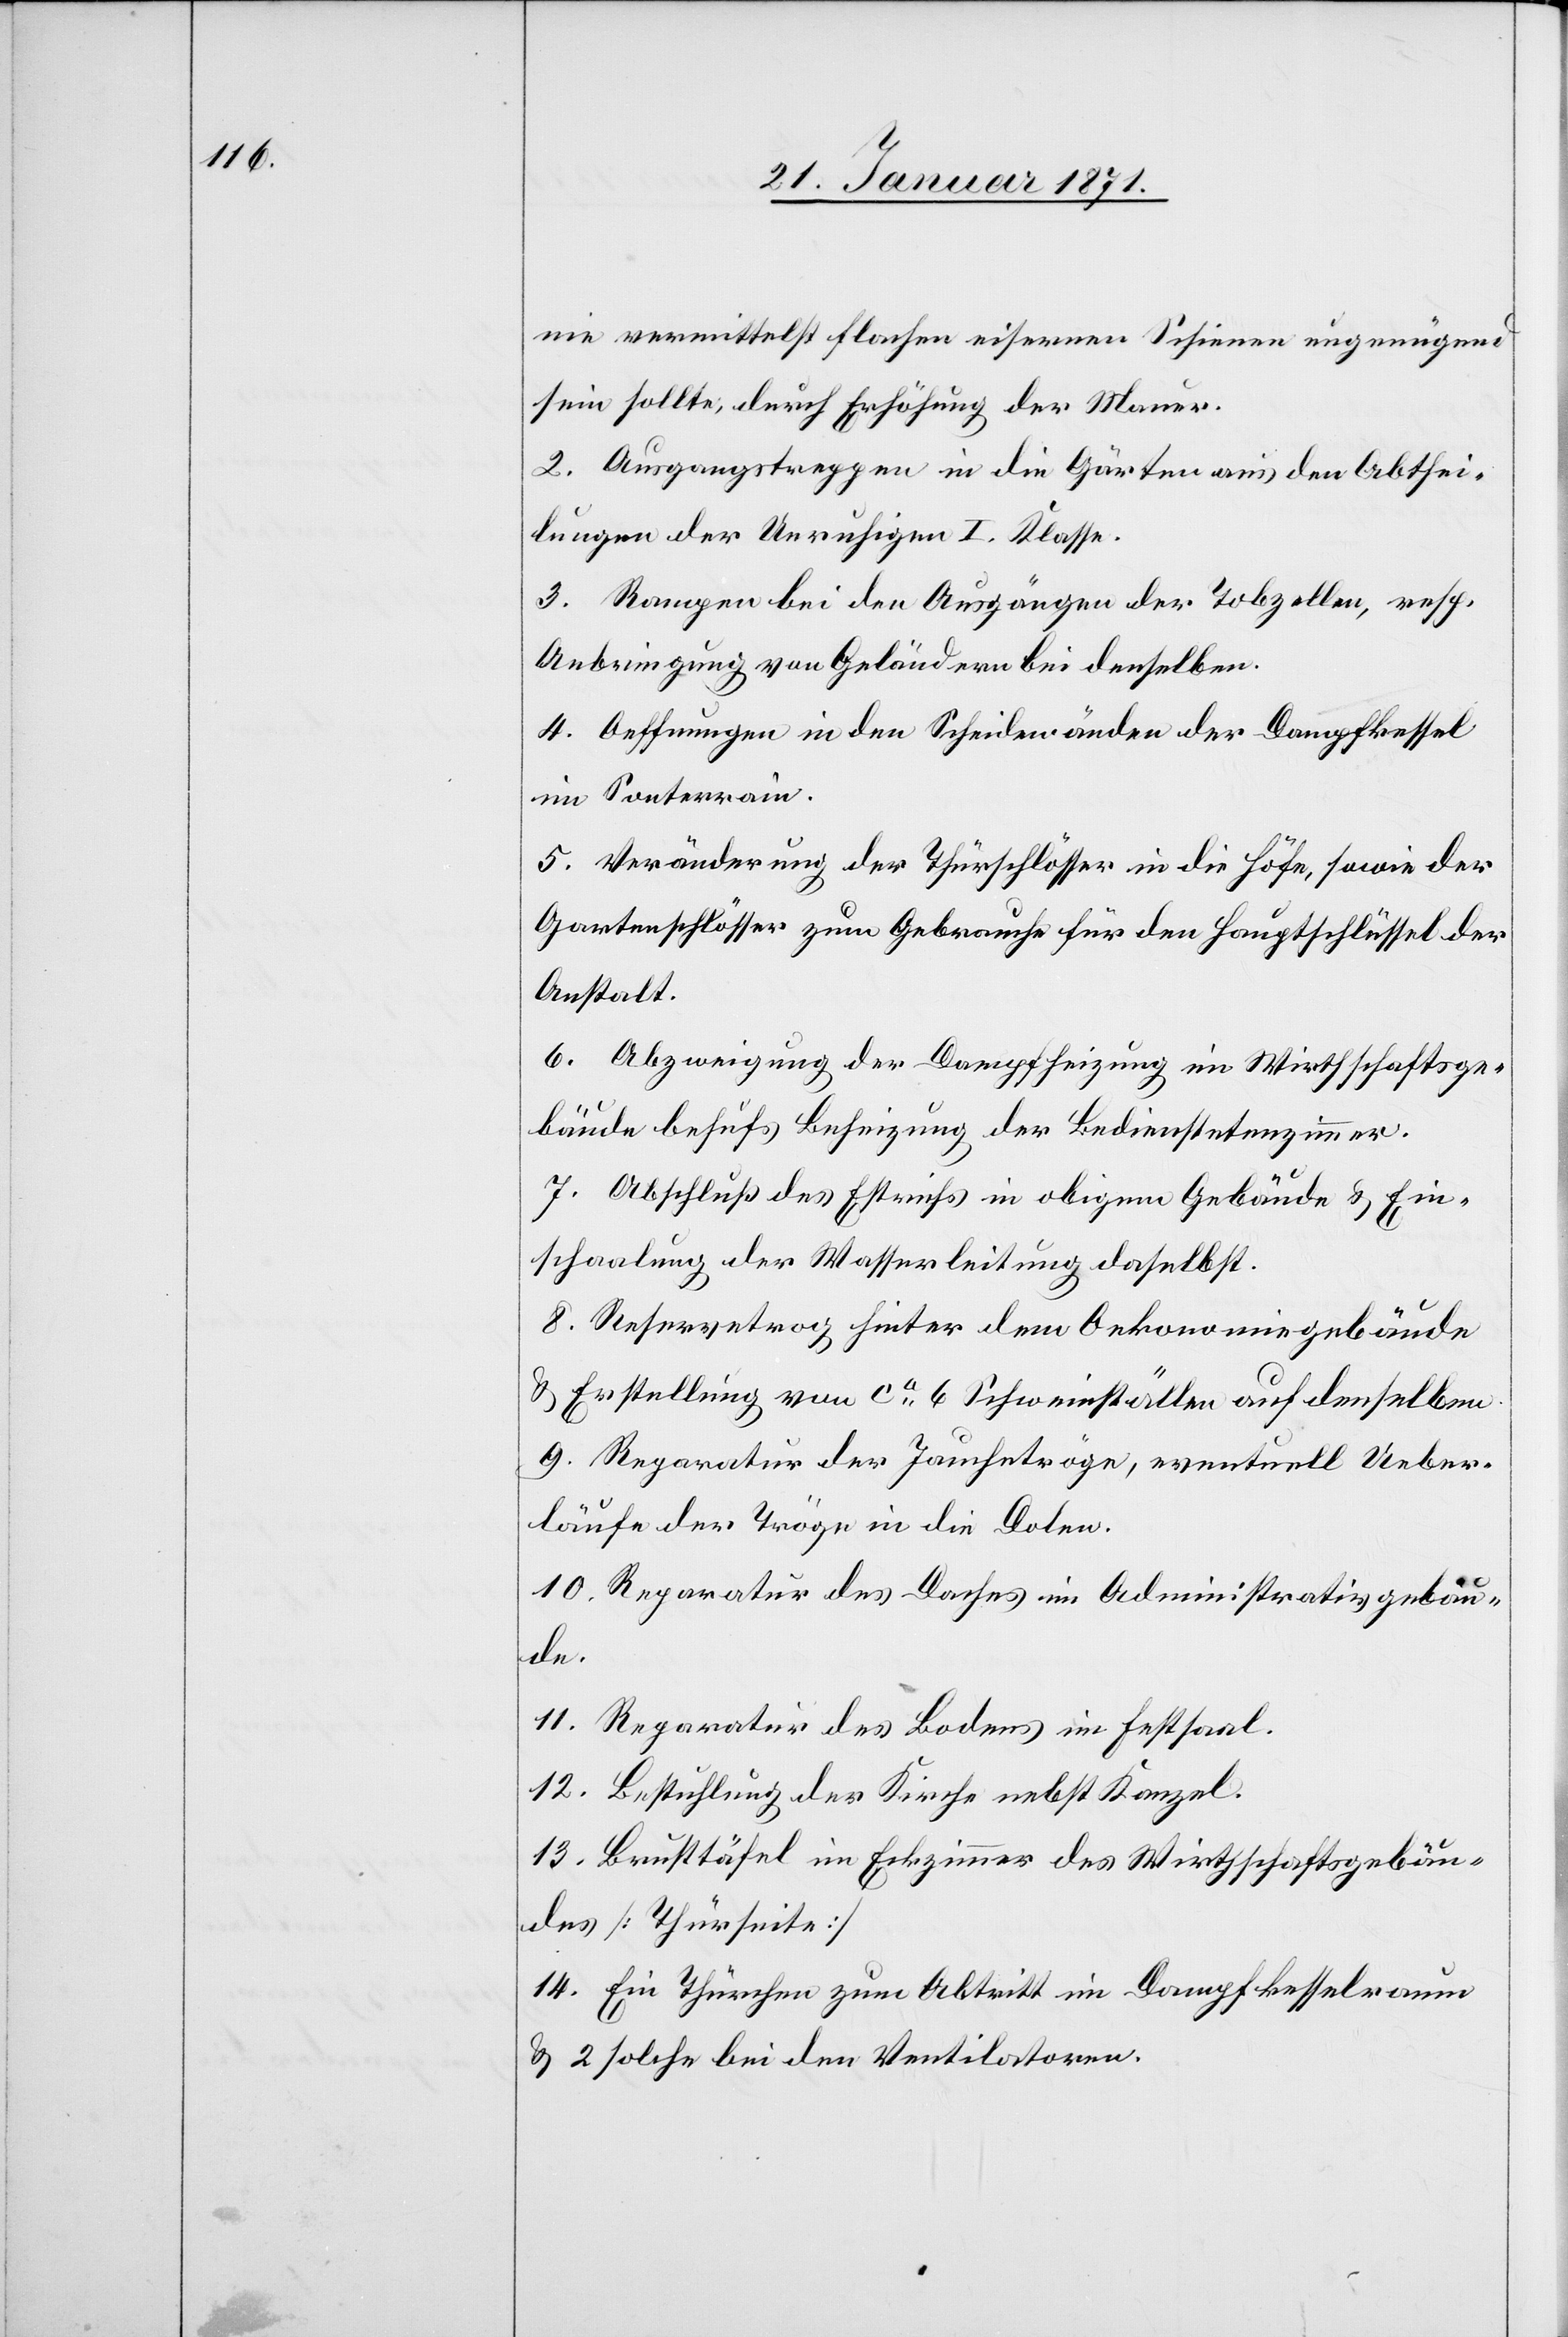
nie vermittelst flachen eisernen Schienen ungenügend
sein sollte, durch Erhöhung der Mauer.
2. Ausgangstreppen in die Gärten aus den Abthei¬
lungen der Unruhigen I. Klasse.
3. Rampen bei den Ausgängen der Tobzellen, resp.
Anbringung von Geländern bei denselben.
4. Oeffnungen in den Scheidewänden der Dampfkessel
im Sonterrain.
5. Veränderung der Thürschlösser in die Höfe, sowie der
Gartenschlösser zum Gebrauche für den Hauptschlüssel der
Anstalt.
6. Abzweigung der Dampfheizung im Wirthschaftsge¬
bäude behufs Beheizung der Bedienstetenzimmer.
7. Abschluß des Estrichs in obigem Gebäude u. Ein¬
schaalung der Wasserleitung daselbst.
8. Reservetrog hinter dem Oekonomiegebäude
u. Erstellung von ca. 6 Schweinställen auf denselben.
9. Reparatur der Jauchetröge, eventuell Ueber¬
läufe der Tröge in die Dolen.
10. Reparatur des Daches im Administrativgebäu¬
de.
11. Reparatur des Bodens im Festsaal.
12. Bestuhlung der Kirche nebst Kanzel.
13. Brusttäfel [sic!] im Erkzimmer des Wirtschaftsgebäu¬
des [Thürseite].
14. Ein Thürchen zum Abtritt im Dampfkesselraum
u. 2 solche bei den Ventilatoren.